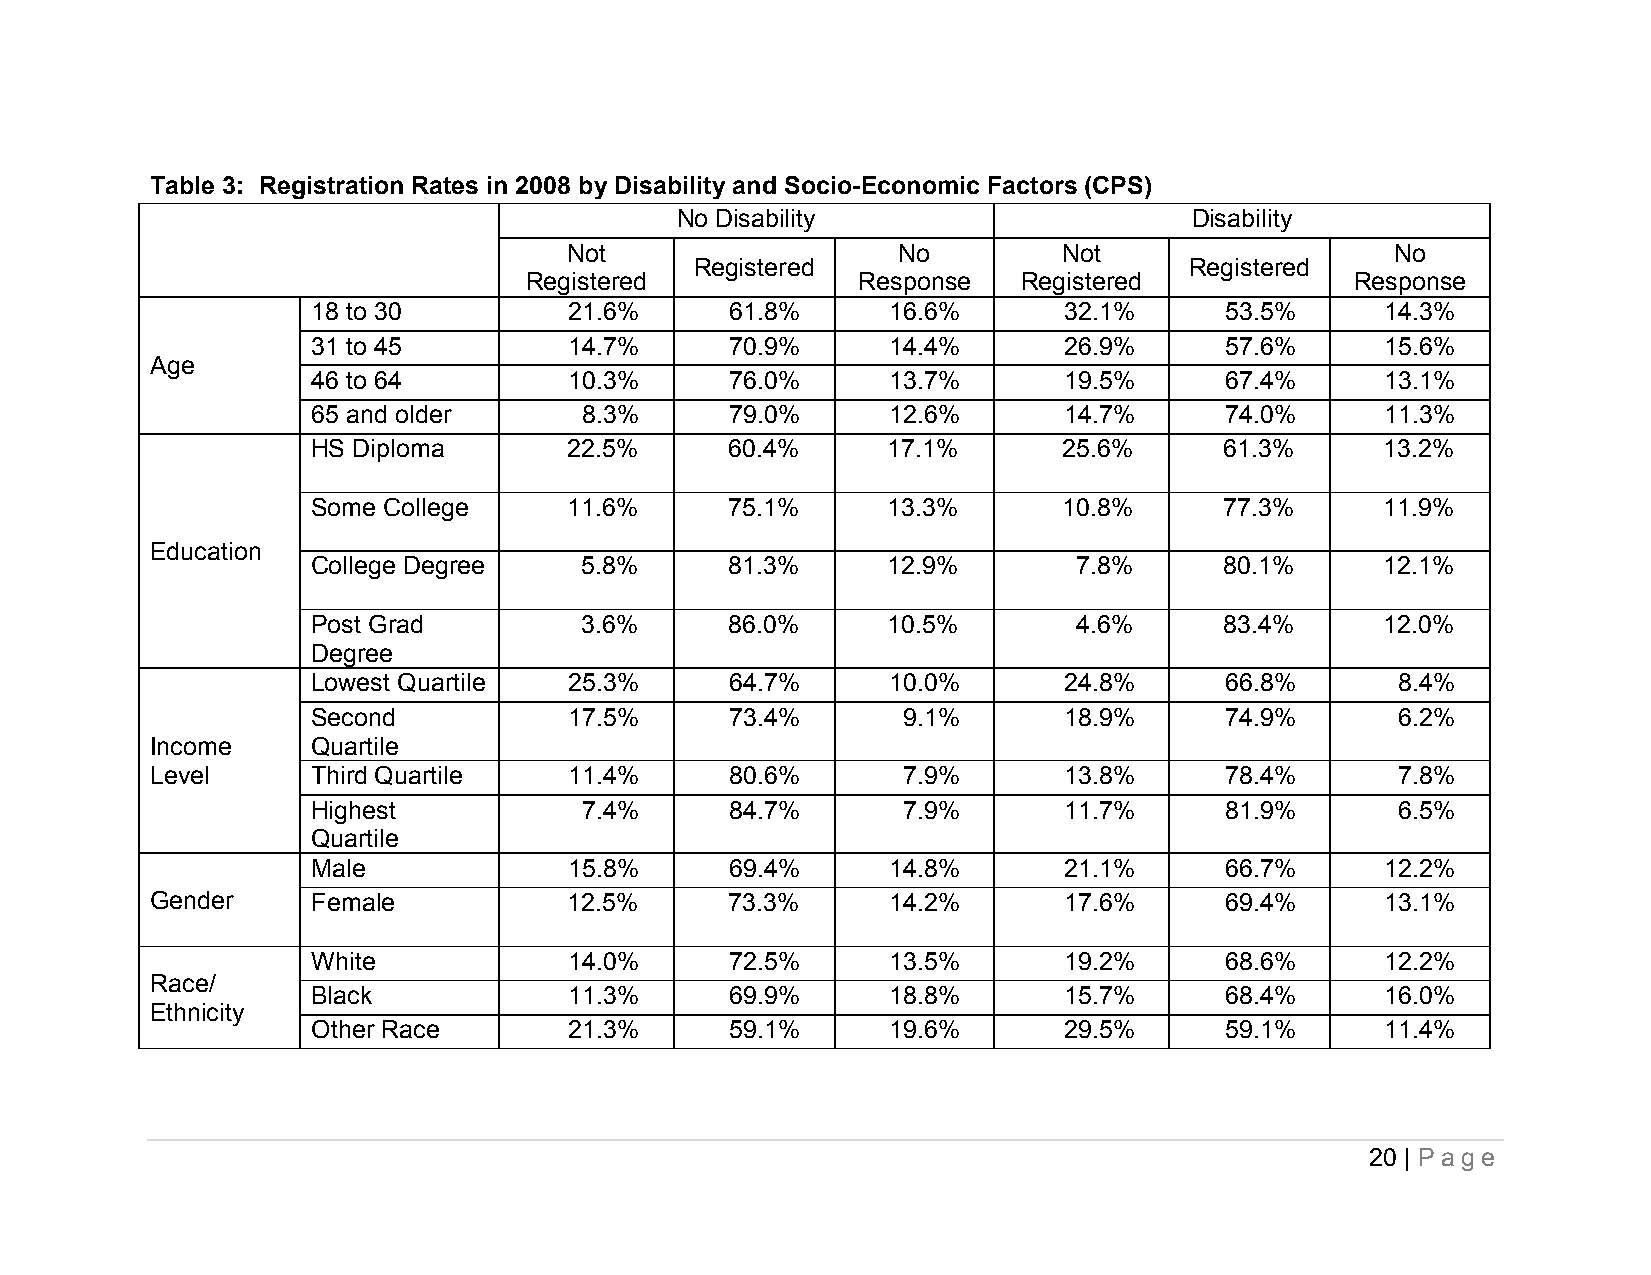
Table 3: Registration Rates in 2008 by Disability and Socio-Economic Factors (CPS)
 No Disability                     Disability
 Not                  No         Not                   No
 Registered                       Registered
 Registered            Response   Registered            Response
 18 to 30         21.6%     61.8%      16.6%      32.1%      53.5%      14.3%
 31 to 45         14.7%     70.9%      14.4%      26.9%      57.6%      15.6%
 Age
 46 to 64         10.3%     76.0%      13.7%      19.5%      67.4%      13.1%
 65 and older      8.3%     79.0%      12.6%      14.7%      74.0%      11.3%
 HS Diploma       22.5%     60.4%      17.1%      25.6%      61.3%     13.2%
 Some College     11.6%     75.1%      13.3%      10.8%      77.3%     11.9%
 Education
 College Degree   5.8%      81.3%      12.9%       7.8%      80.1%     12.1%
 Post Grad        3.6%      86.0%      10.5%       4.6%      83.4%     12.0%
 Degree
 Lowest Quartile  25.3%     64.7%      10.0%      24.8%      66.8%       8.4%
 Second           17.5%     73.4%       9.1%      18.9%      74.9%       6.2%
 Income     Quartile
 Level      Third Quartile   11.4%     80.6%       7.9%      13.8%      78.4%       7.8%
 Highest           7.4%     84.7%       7.9%      11.7%      81.9%       6.5%
 Quartile
 Male             15.8%     69.4%      14.8%      21.1%      66.7%      12.2%
 Gender     Female           12.5%     73.3%      14.2%      17.6%      69.4%      13.1%
 White            14.0%     72.5%      13.5%      19.2%      68.6%      12.2%
 Race/
 Black            11.3%     69.9%      18.8%      15.7%      68.4%      16.0%
 Ethnicity
 Other Race       21.3%     59.1%      19.6%      29.5%      59.1%      11.4%
 20 | P a ge